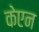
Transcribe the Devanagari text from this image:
केएन